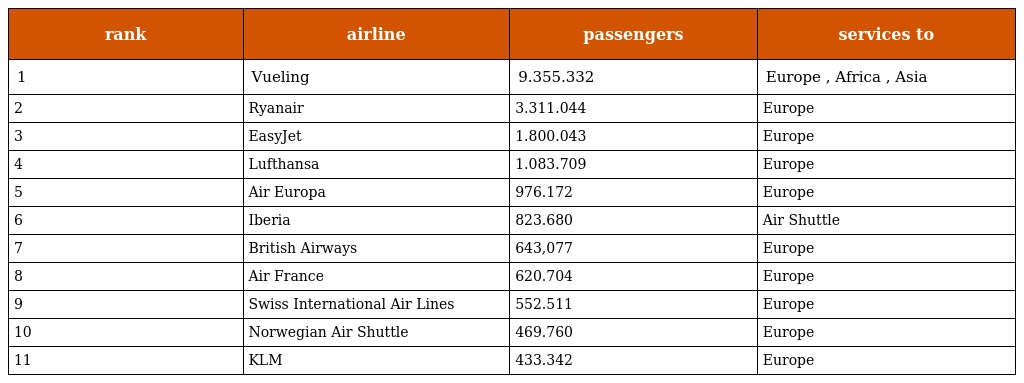
| rank | airline | passengers | services to |
 | --- | --- | --- | --- |
 | 1 | Vueling | 9.355.332 | Europe , Africa , Asia |
 | 2 | Ryanair | 3.311.044 | Europe |
 | 3 | EasyJet | 1.800.043 | Europe |
 | 4 | Lufthansa | 1.083.709 | Europe |
 | 5 | Air Europa | 976.172 | Europe |
 | 6 | Iberia | 823.680 | Air Shuttle |
 | 7 | British Airways | 643,077 | Europe |
 | 8 | Air France | 620.704 | Europe |
 | 9 | Swiss International Air Lines | 552.511 | Europe |
 | 10 | Norwegian Air Shuttle | 469.760 | Europe |
 | 11 | KLM | 433.342 | Europe |